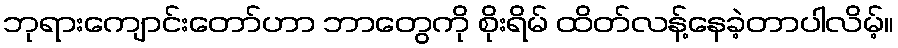
ဘုရားကျောင်းတော်ဟာ ဘာတွေကို စိုးရိမ် ထိတ်လန့်နေခဲ့တာပါလိမ့်။